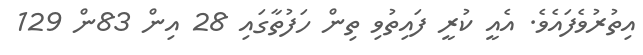
އިތުރުވެފައެވެ. އެއީ ކުރީ ފައިތުވި ތިން ހަފުތާގައި 28 އިން 83ން 129